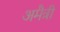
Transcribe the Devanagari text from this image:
अमैत्री